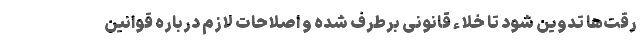
رقت‌ها تدوین شود تا خلاء قانونی برطرف شده و اصلاحات لازم درباره قوانین